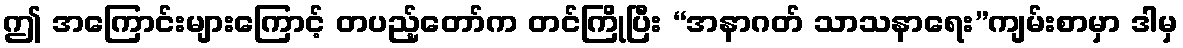
ဤ အကြောင်းများကြောင့် တပည့်တော်က တင်ကြိုပြီး “အနာဂတ် သာသနာရေး”ကျမ်းစာမှာ ဒါမှ